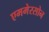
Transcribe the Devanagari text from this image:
एममेरसोन